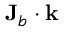
{ \bf J } _ { b } \cdot { \bf k }